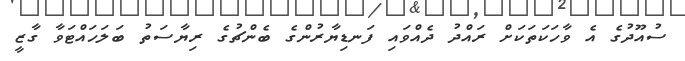
ސުއޫދުގެ އެ ވާހަކަތަކަށް ރައްދު ދެެއްވައި ފަނޑިޔާރުންގެ ބެންޗުގެ ރިޔާސަތު ބަލަހައްޓަވާ ގާޒީ